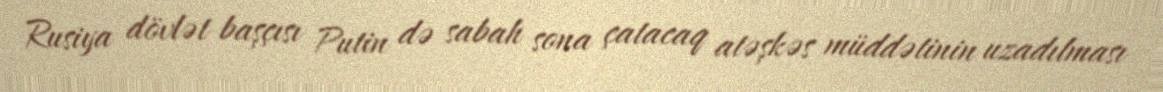
Rusiya dövlət başçısı Putin də sabah sona çatacaq atəşkəs müddətinin uzadılması